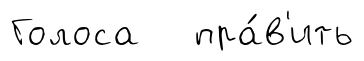
Голоса пра́в'ить